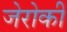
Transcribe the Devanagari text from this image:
जेरोकी